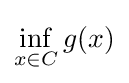
\inf _{x\in C}g(x)